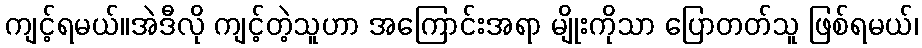
ကျင့်ရမယ်။အဲဒီလို ကျင့်တဲ့သူဟာ အကြောင်းအရာ မျိုးကိုသာ ပြောတတ်သူ ဖြစ်ရမယ်၊